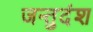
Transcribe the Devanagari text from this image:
जन्तुदंश